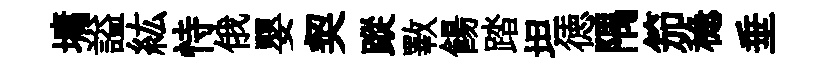
墉謚紘恃俄嬰契蹤斁餳踏坦徳隅笳稳垂